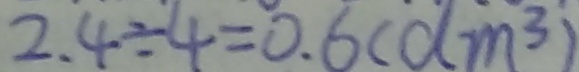
2 . 4 \div 4 = 0 . 6 ( d m ^ { 3 } )